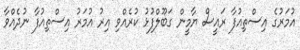
އުމަރުގެ އިސްތިއުފާ ރައީސް ޔާމީން ގަބޫލްފުޅު ކުރެއްވި އިރު އުމަރު އިސްތިއުފާ ނުދެއްވާ